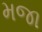
મજા